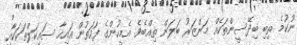
ނުކުމެ ތިބި ބިދޭސީންތަކެއް މަންޒަރު ބަލަން ތިއްބެވެ. އެމީހުންގެ ފަހަތުން އައިހާ ސައިކަލްތަކަކާއި